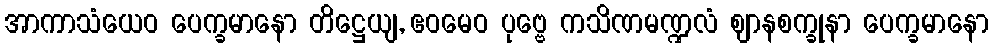
အာကာသံယေဝ ပေက္ခမာနော တိဋ္ဌေယျ, ဧဝမေဝ ပုဗ္ဗေ ကသိဏမဏ္ဍလံ ဈာနစက္ခုနာ ပေက္ခမာနော